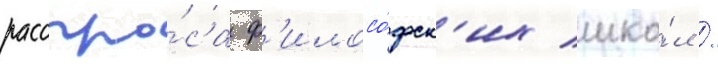
расспро́са ф'илосо́фск'их шко́л /